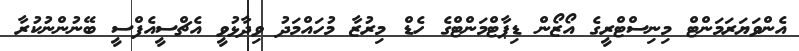
އެންވަޔަރަމަންޓް މިނިސްޓްރީގެ އޯޒޯން ޑިޕާޓްމަންޓްގެ ހެޑް މިރުޒާ މުހައްމަދު ވިދާޅުވީ އެޗްސީއެފްސީ ބޭނުންނުކުރާ